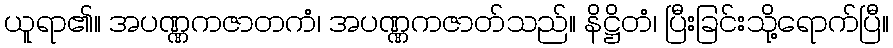
ယူရာ၏။ အပဏ္ဏကဇာတကံ၊ အပဏ္ဏကဇာတ်သည်။ နိဋ္ဌိတံ၊ ပြီးခြင်းသို့ရောက်ပြီ။